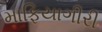
માફિયાગીરી